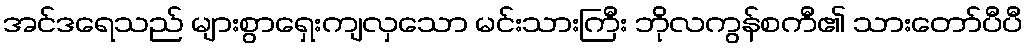
အင်ဒရေသည် များစွာရှေးကျလှသော မင်းသားကြီး ဘိုလကွန်စကီ၏ သားတော်ပီပီ